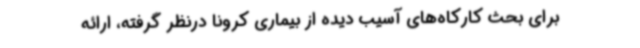
برای بحث کارکاه‌های آسیب دیده از بیماری کرونا درنظر گرفته، ارائه